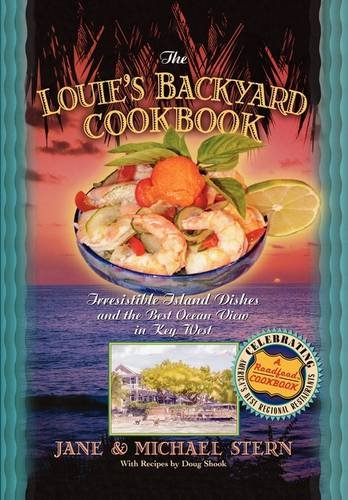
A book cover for Louie's Backyard Cookbook: Irrisistible Island Dishes and the Best Ocean View in Key West (Roadfood Cookbook); Michael Stern; Cookbooks, Food & Wine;